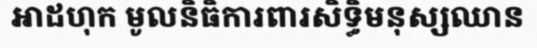
អាដហុក មូលនិធិការពារសិទ្ធិមនុស្សឈាន